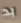
بد